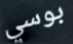
بوسي